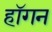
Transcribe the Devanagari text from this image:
हाॅगन